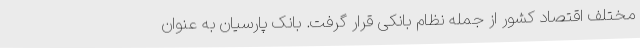
مختلف اقتصاد کشور از جمله نظام بانکی قرار گرفت. بانک پارسیان به عنوان